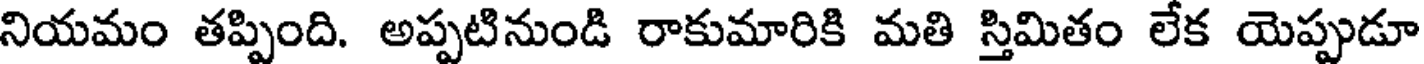
నియమం తప్పింది. అప్పటినుండి రాకుమారికి మతి స్తిమితం లేక యెప్పుడూ